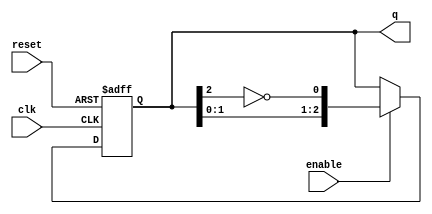
module johnson_counter #(
    parameter n = 3  // Parameter for number of bits in the counter
) (
    input wire clk,     // Clock signal
    input wire enable,  // Enable signal
    input wire reset,   // Asynchronous reset signal
    output reg [n-1:0] q // Current state of the counter
);

// Combinational logic to determine the next state
wire feedback = ~q[n-1]; // Feedback from the inverted output of the last flip-flop

always @(posedge clk or posedge reset) begin
    if (reset) begin
        q <= 0; // Asynchronously reset the counter to 0
    end else if (enable) begin
        // Update the counter state on clock edge when enabled
        q <= {q[n-2:0], feedback};
    end
    // If not enabled, retain the current state
end

endmodule